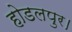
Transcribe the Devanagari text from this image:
होडलपुर।